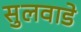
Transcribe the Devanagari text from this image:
सुलवाडे